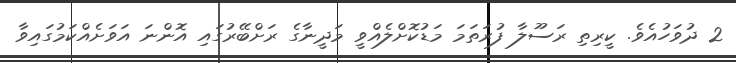
2 ދުވަހުއެވެ. ކީރިތި ރަސޫލާ ފުރަތަމަ މަޑުކޮށްލެއްވީ މަދީނާގެ ރަށްބޭރުގައި އޮންނަ އަވަށެއްކަމުގައިވާ